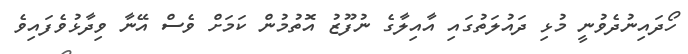
ހޯދައިނުދެވުނީ މުޅި ދައުލަތުގައި އާއިލާގެ ނުފޫޒު އޮތުމުން ކަމަށް ވެސް އޭނާ ވިދާޅުވެފައިވެ